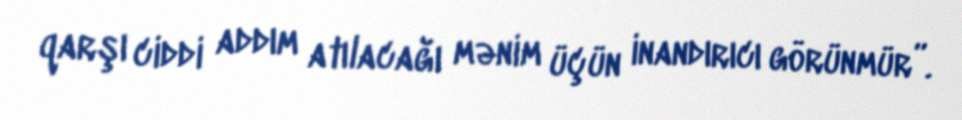
qarşı ciddi addım atılacağı mənim üçün inandırıcı görünmür”.